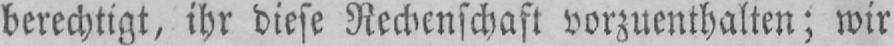
berechtigt, ihr diese Rechenschaft vorzuenthalten; wir